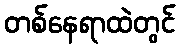
တစ်နေရာထဲတွင်